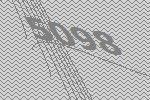
5098